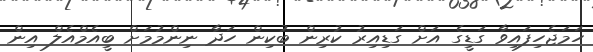
ހަމަޖެހިފައިވާ ގަޑީގެ އަށް ގަޑިއިރު ކުރިން ބުކިން ހަދާ ނިންމުމަށް ބީއެމްއެލް އިން